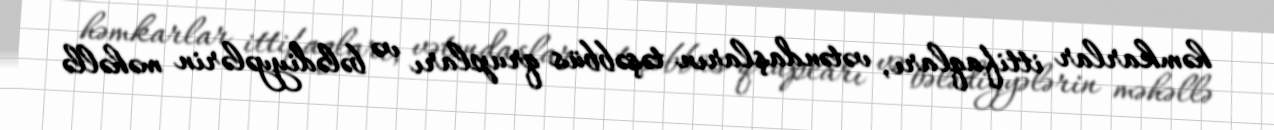
həmkarlar ittifaqları, vətəndaşların təşəbbüs qrupları və bələdiyyələrin məhəllə